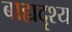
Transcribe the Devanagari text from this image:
बाह्यदृश्य